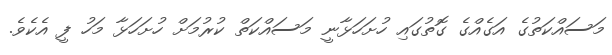
މަސައްކަތުގެ އަގެއްގެ ގޮތުގައި ހުށަހަޅާނީ މަސައްކަތް ކުރުމަށް ހުށަހަޅާ މަހު ފީ އެކެވެ.